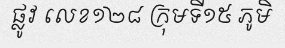
ផ្លូវ លេខ១២៨ ក្រុមទី១៥ ភូមិ